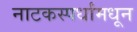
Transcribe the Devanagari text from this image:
नाटकस्पर्धांमधून